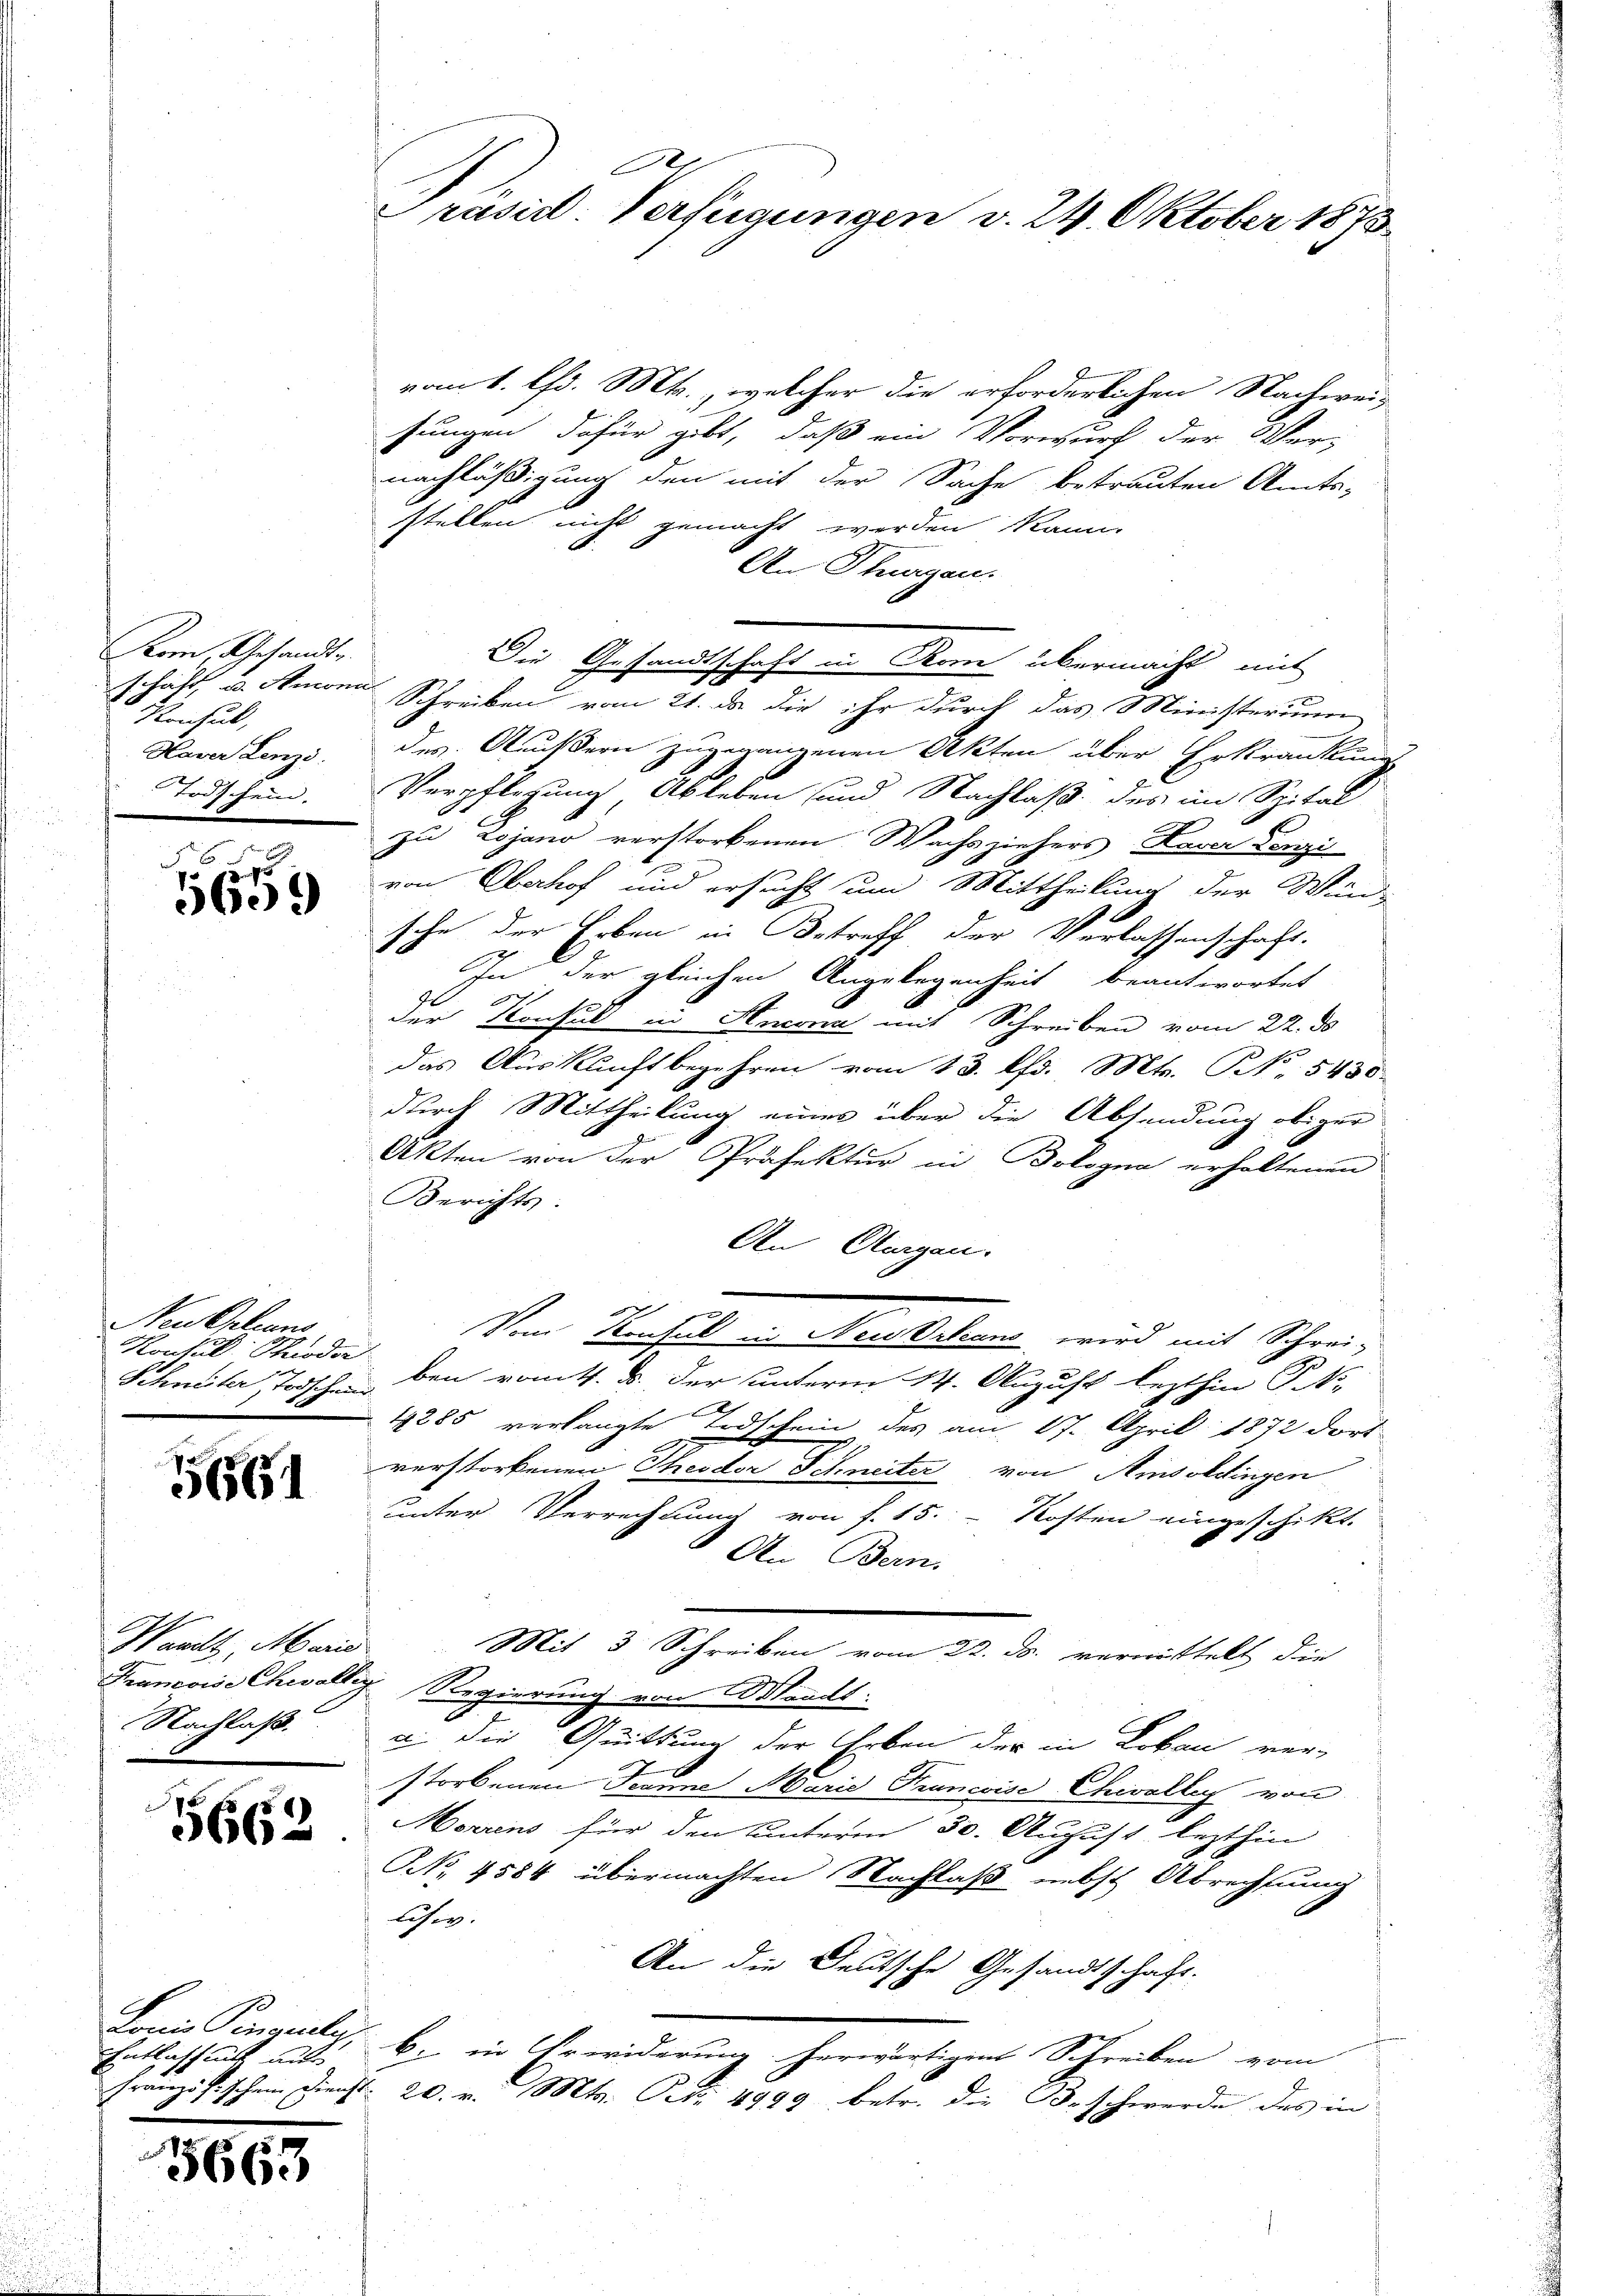
Kom, Gesandte
schaft, u. Ancomi
f
Konsul,
Haver Lenzi
Todschein

000

Neu Orleans
Kontul Schieder
Schweiter Todschein

5664

Waadt, Marie
Francoise Chevalle
NNachlaß.

566

Lonis Pinsely,
Entlassen unte
Französischen Dienst

5663

.
rasis Verfügungen v. 24. Oktober 1873.

vom 1. Chr. Mts., welcher die erforderlichen Nachwei-
sungen dafür gibt, daß ein Vorwurf der Ver-
nachläßigung den mit der Sache betrauten Amts-
stellen nicht gemacht werden kann.
An Flurgen.
Die Gesandtschaft in Rom übermacht mit
Schreiben vom 21. da die ihr durch das Ministerium
des Aeußern zugegangenen Akten über Erkrankung
Verpflegung Ableben und Nachlaß des im Spital
zu Lojano verstorbenen Wachsziehers Haver Danzi
von Oberhof und ersucht um Mittheilung der Wind-
sche der Erben in Betreff der Verlassenschaft.
A
In der gleichen Angelegenheit beantwortet
der Konsul in Ancona mit Schreiben vom 22. ds
e
das Auskunftbegehren vom 13. lfd. Mts. No. 5430.
durch Mittheilung eines über die Absendung obiger
Akten von der Präfektur in Bologna erhaltenen
Berichts:
An Aargau.
Vom Konsul in Neusteleans, wird mit Schrei-
ben ratt. d. der unterm 14. August lezthin P
1285 verlangte Todschein des am 17. April 1872 dort
verstorbenen Theodor Schneiter von Aisoldingen
unter Verrechnung von f. 15. Kosten eingeschikt.
 An Bern.
Mit 3 Schreiben vom 22. ds. vermittelt die
 Regierung von Waadt:
u. die Quittung der Erben der in Lobau ver-
storbenen Traune Marie Krancoise Chwolleg von
Morrens für den unterm 30. August lezthin
NNo. 4584 übermachten Nachlaß nebst Abrechnung
lchw.
An die Deutsche Gesandtschaft.
b. in Erwiderung herwärtigen Schreiben vom
 20. v. Mts. Art. 4999 betr. die Beschwerde des in